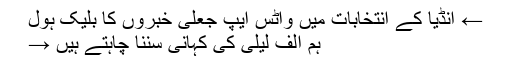
← انڈیا کے انتخابات میں واٹس ایپ جعلی خبروں کا بلیک ہول
ہم الف لیلیٰ کی کہانی سننا چاہتے ہیں →